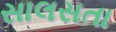
સાલસતા